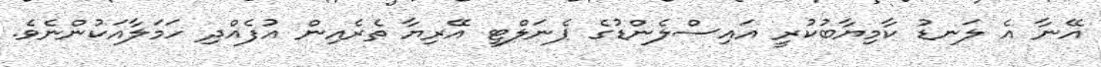
އޭނާ އެ ލަނޑު ކާމިޔާބުކުރީ އައިސްލެންޑުގެ ޕެނަލްޓީ އޭރިޔާ ތެރެއިން އުފެއްދި ހަމަލާއަކުންނެވެ.